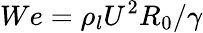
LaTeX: We={\rho_{l}}{U^{2}}{R_{0}}/\gamma